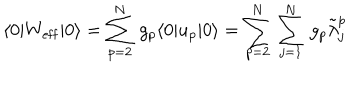
\langle 0 | W _ { \mathrm { e f f } } | 0 \rangle = \sum _ { p = 2 } ^ { N } \, g _ { p } \langle 0 | u _ { p } | 0 \rangle = \sum _ { p = 2 } ^ { N } \, \sum _ { j = 1 } ^ { N } \, g _ { p } \tilde { \lambda } _ { j } ^ { p }